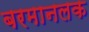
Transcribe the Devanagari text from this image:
बरमानलक